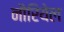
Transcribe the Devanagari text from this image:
नौरियेल